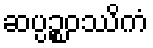
ဆပ္ပဉ္စဝဿိကံ